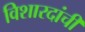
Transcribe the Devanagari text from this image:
विशारदांची